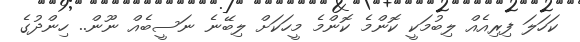
ކަހަލަ ފިރިއެއް ލިބުމަކީ ކޮންމެ ކޮންމެ މީހަކަށް ލިބޭނެ ނަސީބެއް ނޫން.. ހިންދުގެ